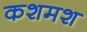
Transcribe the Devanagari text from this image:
कशमश